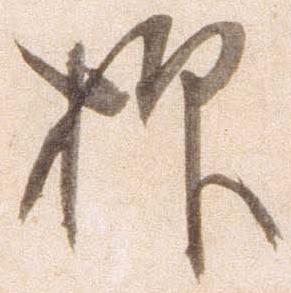
抑